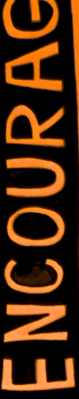
ENCOURAG